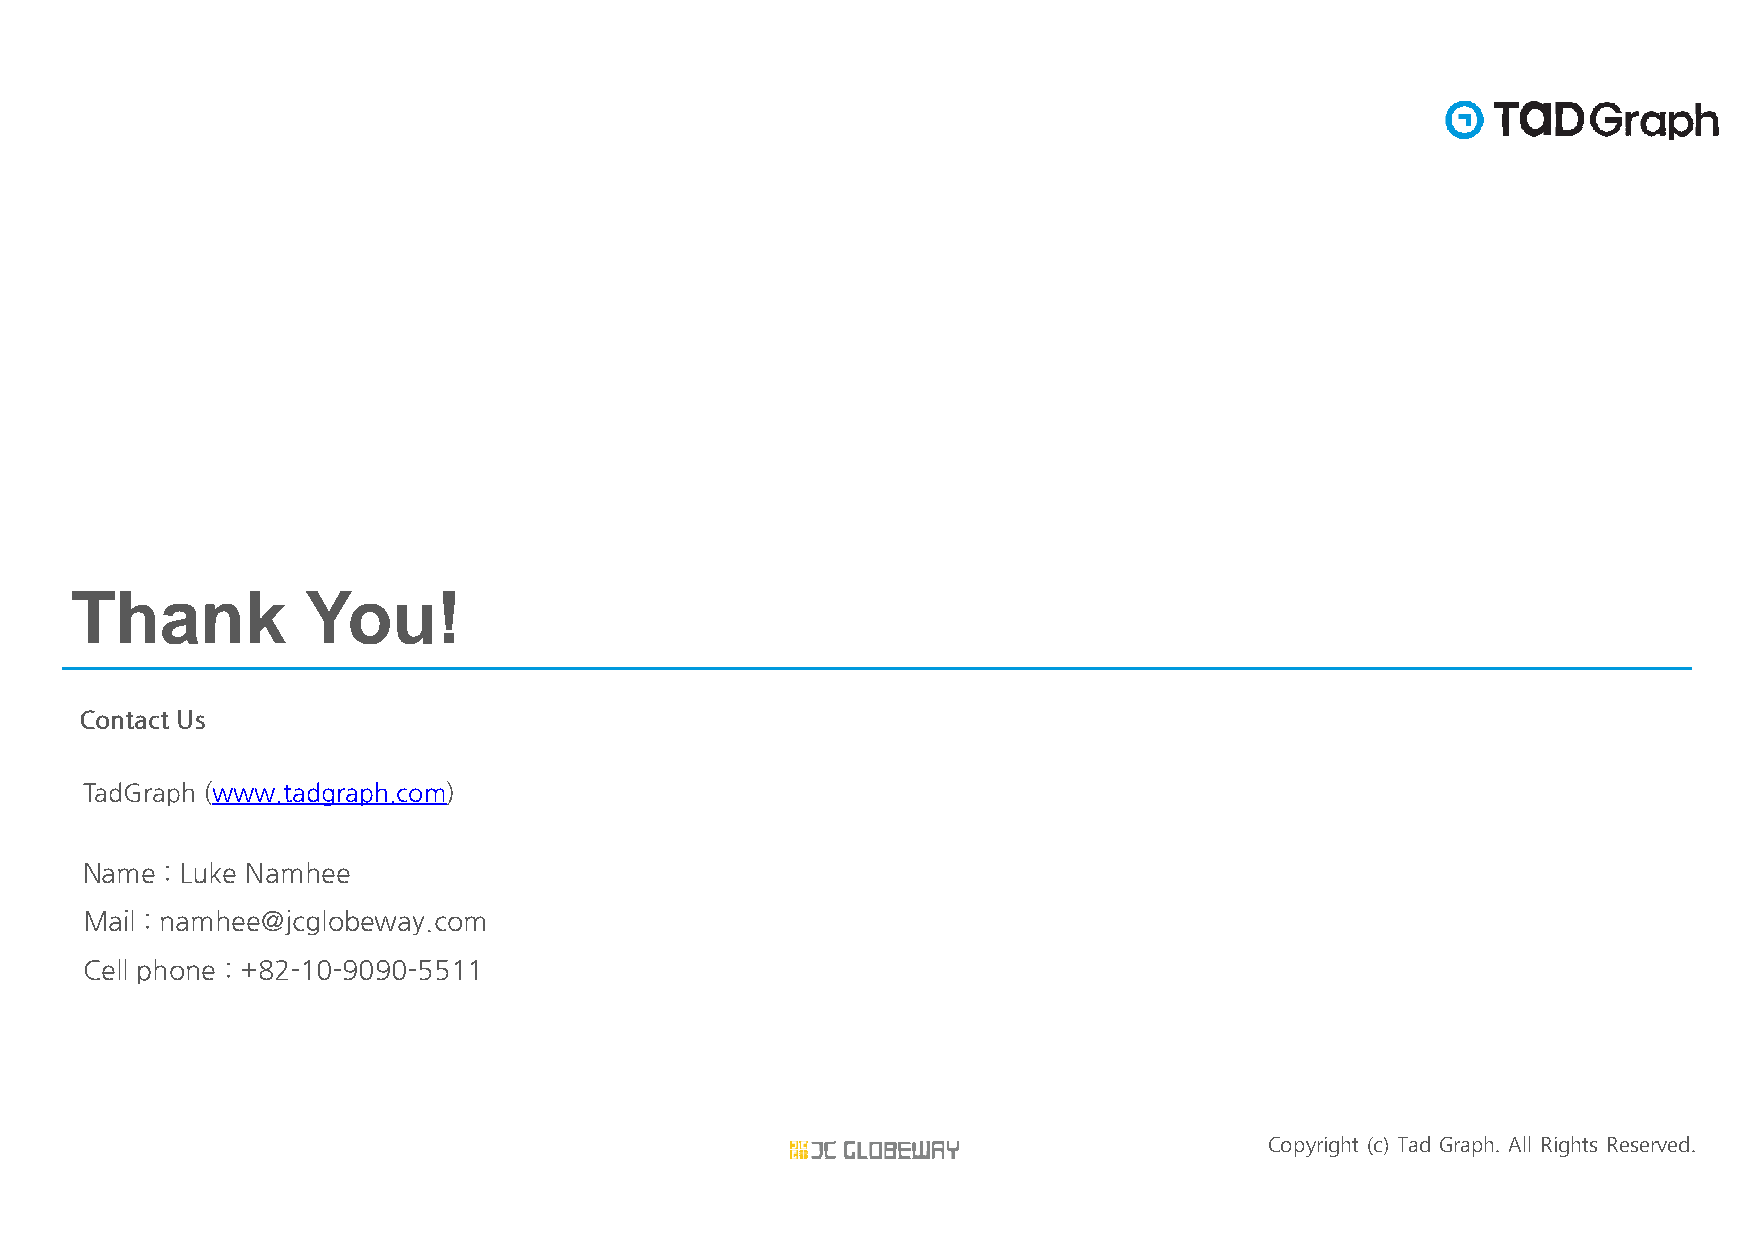
TThhaannkk     YYoouu!!
 Contact Us
 TadGraph (www.tadgraph.com)
 Name  : Luke Namhee
 Mail : namhee@jcglobeway.com
 Cell phone : +82-10-9090-5511
 Copyright (c) Tad Graph. All Rights Reserved.